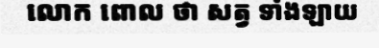
លោក ពោល ថា សត្វ ទាំងឡាយ